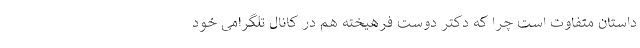
داستان متفاوت است چرا که دکتر دوست فرهیخته هم در کانال تلگرامی خود